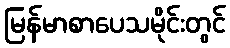
မြန်မာစာပေသမိုင်းတွင်